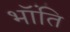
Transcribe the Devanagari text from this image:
भॉंति